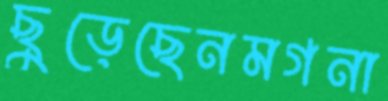
ছুড়েছেনমগনা